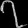
Digit: ၇